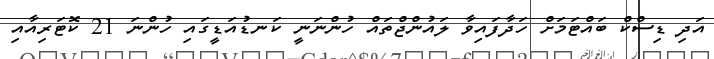
އަދި ޑިސްކް ބައްޓަމަށް ހަދާފައިވާ ލައުންޖްތައް ހުންނަނީ ކަނޑުއަޑީގައި ހުންނަ 21 ކޮޓަރިއާއި